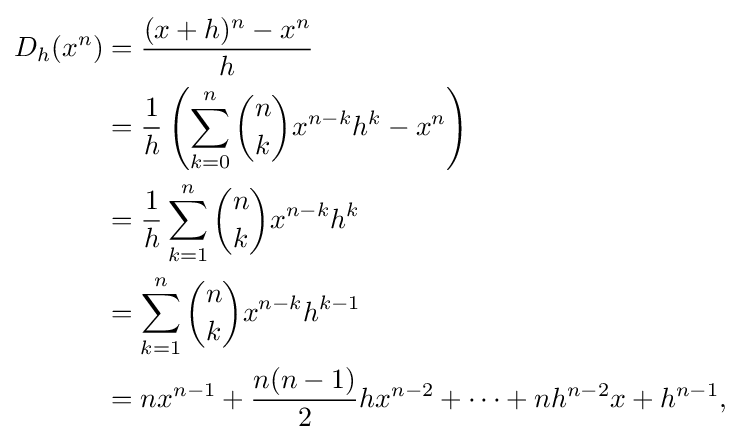
{\begin{aligned}D_{h}(x^{n})&={\frac {(x+h)^{n}-x^{n}}{h}}\\&={\frac {1}{h}}\left(\sum _{k=0}^{n}{{\binom {n}{k}}x^{n-k}h^{k}-x^{n}}\right)\\&={\frac {1}{h}}\sum _{k=1}^{n}{{\binom {n}{k}}x^{n-k}h^{k}}\\&=\sum _{k=1}^{n}{{\binom {n}{k}}x^{n-k}h^{k-1}}\\&=nx^{n-1}+{\frac {n(n-1)}{2}}hx^{n-2}+\cdots +nh^{n-2}x+h^{n-1},\end{aligned}}